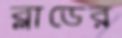
ব্লাডের